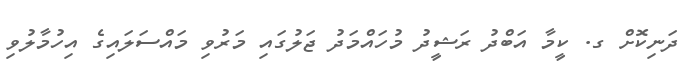
ދަނިކޮށް ގ. ކީމާ އަބްދު ރަޝީދު މުހައްމަދު ޖަލުގައި މަރުވި މައްސަލައިގެ އިހުމާލުވި